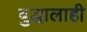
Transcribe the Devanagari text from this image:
बुद्धालाही